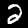
Label: 2